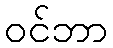
ဝင်ဘာ